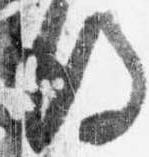
後